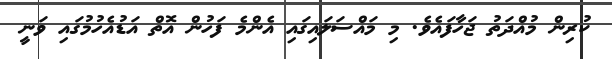
ކުރިން މުއްދަތު ޖަހާފައެވެ. މި މައްސަލައިގައި އެންމެ ފަހުން އޮތް އަޑުއެހުމުގައި ވަނީ